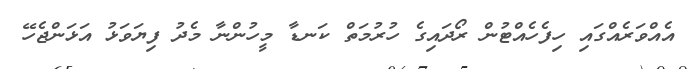
އެއްވަރެއްގައި ހިފެހެއްޓުން ރޯދައިގެ ހުރުމަތް ކަނޑާ މީހުންނާ މެދު ފިޔަވަޅު އަޅަންޖެހޭ